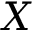
X